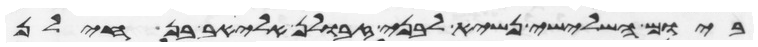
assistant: ביום השלישי נשיא לבני זבולן אליאב בן חילן